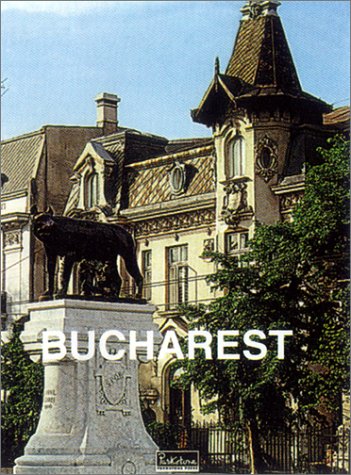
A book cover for Bucarest (Great Cities); Radu Anton Roman; Travel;